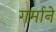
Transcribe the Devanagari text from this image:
गर्माने